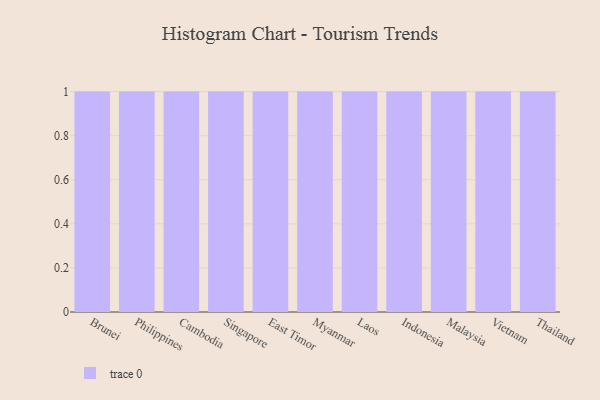
{"axis": {"x": "Country", "y": "Satisfaction Score"}, "legend": [""], "data": [{"x": "Brunei", "y": 35, "type": ""}, {"x": "Philippines", "y": 91, "type": ""}, {"x": "Cambodia", "y": 17, "type": ""}, {"x": "Singapore", "y": 53, "type": ""}, {"x": "East Timor", "y": 63, "type": ""}, {"x": "Myanmar", "y": 26, "type": ""}, {"x": "Laos", "y": 14, "type": ""}, {"x": "Indonesia", "y": 50, "type": ""}, {"x": "Malaysia", "y": 40, "type": ""}, {"x": "Vietnam", "y": 74, "type": ""}, {"x": "Thailand", "y": 32, "type": ""}]}